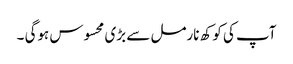
آپ کی کوکھ نارمل سے بڑی محسوس ہوگی ۔